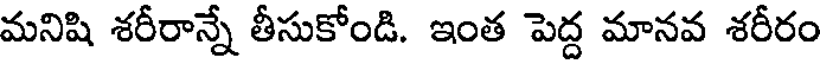
మనిషి శరీరాన్నే తీసుకోండి. ఇంత పెద్ద మానవ శరీరం